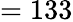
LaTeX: =133